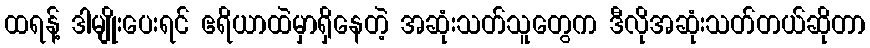
ထရန့် ဒါမျိုးပေးရင် ဧရိယာထဲမှာရှိနေတဲ့ အဆုံးသတ်သူတွေက ဒီလိုအဆုံးသတ်တယ်ဆိုတာ